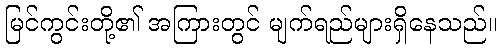
မြင်ကွင်းတို့၏ အကြားတွင် မျက်ရည်များရှိနေသည်။